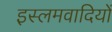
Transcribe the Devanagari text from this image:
इस्लमवादियों